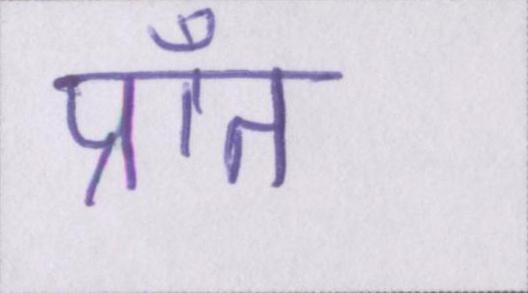
प्राँत